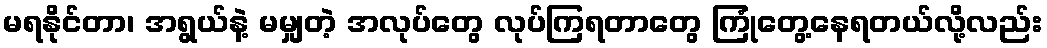
မရနိုင်တာ၊ အရွယ်နဲ့ မမျှတဲ့ အလုပ်တွေ လုပ်ကြရတာတွေ ကြုံတွေ့နေရတယ်လို့လည်း